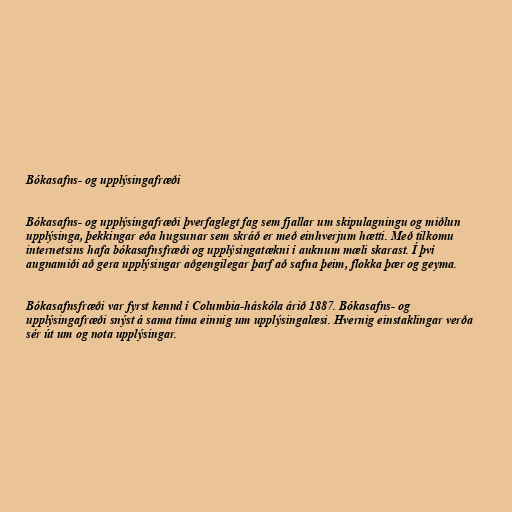
Bókasafns- og upplýsingafræði

Bókasafns- og upplýsingafræði þverfaglegt fag sem fjallar um skipulagningu og miðlun
upplýsinga, þekkingar eða hugsunar sem skráð er með einhverjum hætti. Með tilkomu
internetsins hafa bókasafnsfræði og upplýsingatækni í auknum mæli skarast. Í því
augnamiði að gera upplýsingar aðgengilegar þarf að safna þeim, flokka þær og geyma.

Bókasafnsfræði var fyrst kennd í Columbia-háskóla árið 1887. Bókasafns- og
upplýsingafræði snýst á sama tíma einnig um upplýsingalæsi. Hvernig einstaklingar verða
sér út um og nota upplýsingar.